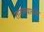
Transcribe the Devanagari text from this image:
तारुण्याकडे